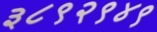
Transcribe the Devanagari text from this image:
३८९२९४९